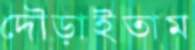
দৌড়াইতাম